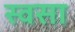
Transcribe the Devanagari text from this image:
स्वसा